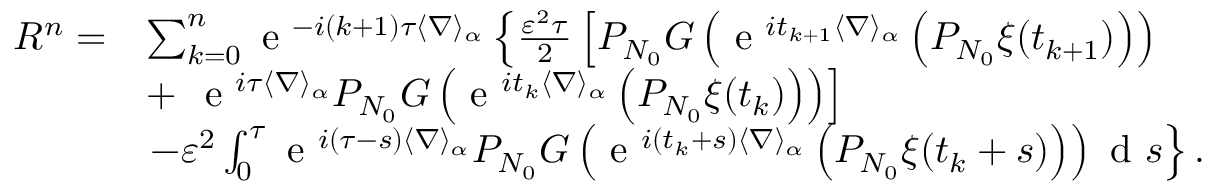
\begin{array} { r l } { { R } ^ { n } = } & { \sum _ { k = 0 } ^ { n } \textrm { e } ^ { - i ( k + 1 ) \tau \langle \nabla \rangle _ { \alpha } } \left\{ \frac { \varepsilon ^ { 2 } \tau } { 2 } \left[ P _ { N _ { 0 } } G \left( \textrm { e } ^ { i t _ { k + 1 } \langle \nabla \rangle _ { \alpha } } \left( P _ { N _ { 0 } } \xi ( t _ { k + 1 } ) \right) \right) \right. \right. } \\ & { + \left. \left. \textrm { e } ^ { i \tau \langle \nabla \rangle _ { \alpha } } P _ { N _ { 0 } } G \left( \textrm { e } ^ { i t _ { k } \langle \nabla \rangle _ { \alpha } } \left( P _ { N _ { 0 } } \xi ( t _ { k } ) \right) \right) \right] \right. } \\ & { \left. - \varepsilon ^ { 2 } \int _ { 0 } ^ { \tau } \textrm { e } ^ { i ( \tau - s ) \langle \nabla \rangle _ { \alpha } } P _ { N _ { 0 } } G \left( \textrm { e } ^ { i ( t _ { k } + s ) \langle \nabla \rangle _ { \alpha } } \left( P _ { N _ { 0 } } \xi ( t _ { k } + s ) \right) \right) \textrm { d } s \right\} . } \end{array}